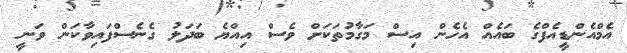
އެމްއެންޑީއެފްގެ ބައެއް އެހެން އިސް މަގާމުތަކަށް ވެސް އިއްޔެ ބަދަލު ގެނެސްފައިވާކަން ވަނީ